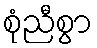
စုံညီစွာ